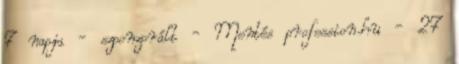
7 napja - szponzorált - Mentés profession.hu - 27